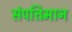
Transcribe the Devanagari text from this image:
संपत्तिमान